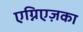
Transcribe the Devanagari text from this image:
एग्निएज़का